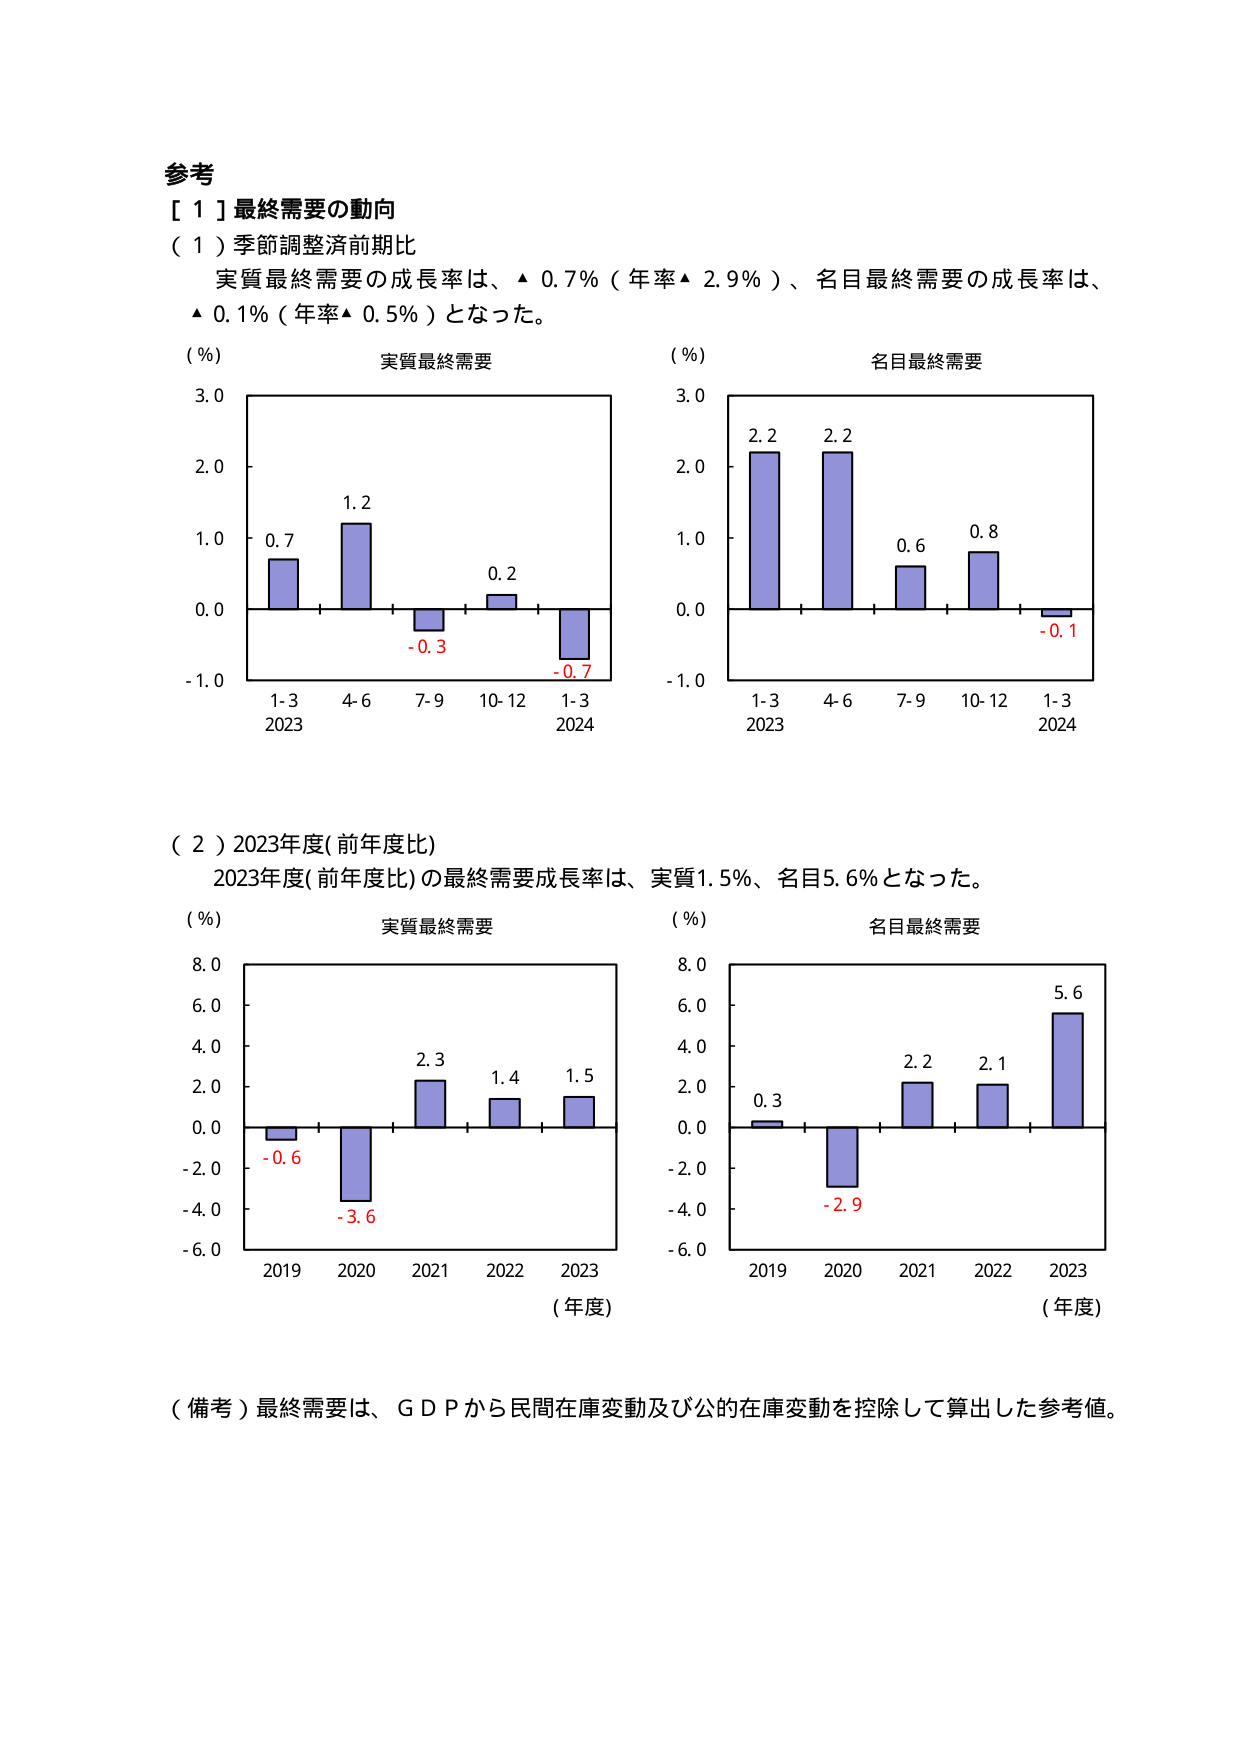
参考
[ 1 ] 最終需要の動向
（1）季節調整済前期比
実質最終需要の成長率は、▲ 0.7%（年率▲ 2.9%）、名目最終需要の成長率は、
▲ 0.1%（年率▲ 0.5%）となった。

（%） 実質最終需要
3.0
2.0
1.0
0.0
-1.0
1-3 4-6 7-9 10-12 1-3
2023 2024
0.7 1.2 -0.3 0.2 -0.7

（%） 名目最終需要
3.0
2.0
1.0
0.0
-1.0
1-3 4-6 7-9 10-12 1-3
2023 2024
2.2 2.2 0.6 0.8 -0.1

（2）2023年度(前年度比)
2023年度(前年度比)の最終需要成長率は、実質1.5%、名目5.6%となった。

（%） 実質最終需要
8.0
6.0
4.0
2.0
0.0
-2.0
-4.0
-6.0
2019 2020 2021 2022 2023
-0.6 -3.6 2.3 1.4 1.5
（年度）

（%） 名目最終需要
8.0
6.0
4.0
2.0
0.0
-2.0
-4.0
-6.0
2019 2020 2021 2022 2023
0.3 -2.9 2.2 2.1 5.6
（年度）

（備考）最終需要は、ＧＤＰから民間在庫変動及び公的在庫変動を控除して算出した参考値。